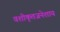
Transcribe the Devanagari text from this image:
वशीकृतजनेशाय